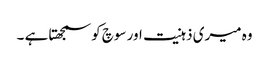
وہ میری ذہنیت اور سوچ کو سمجھتا ہے ۔